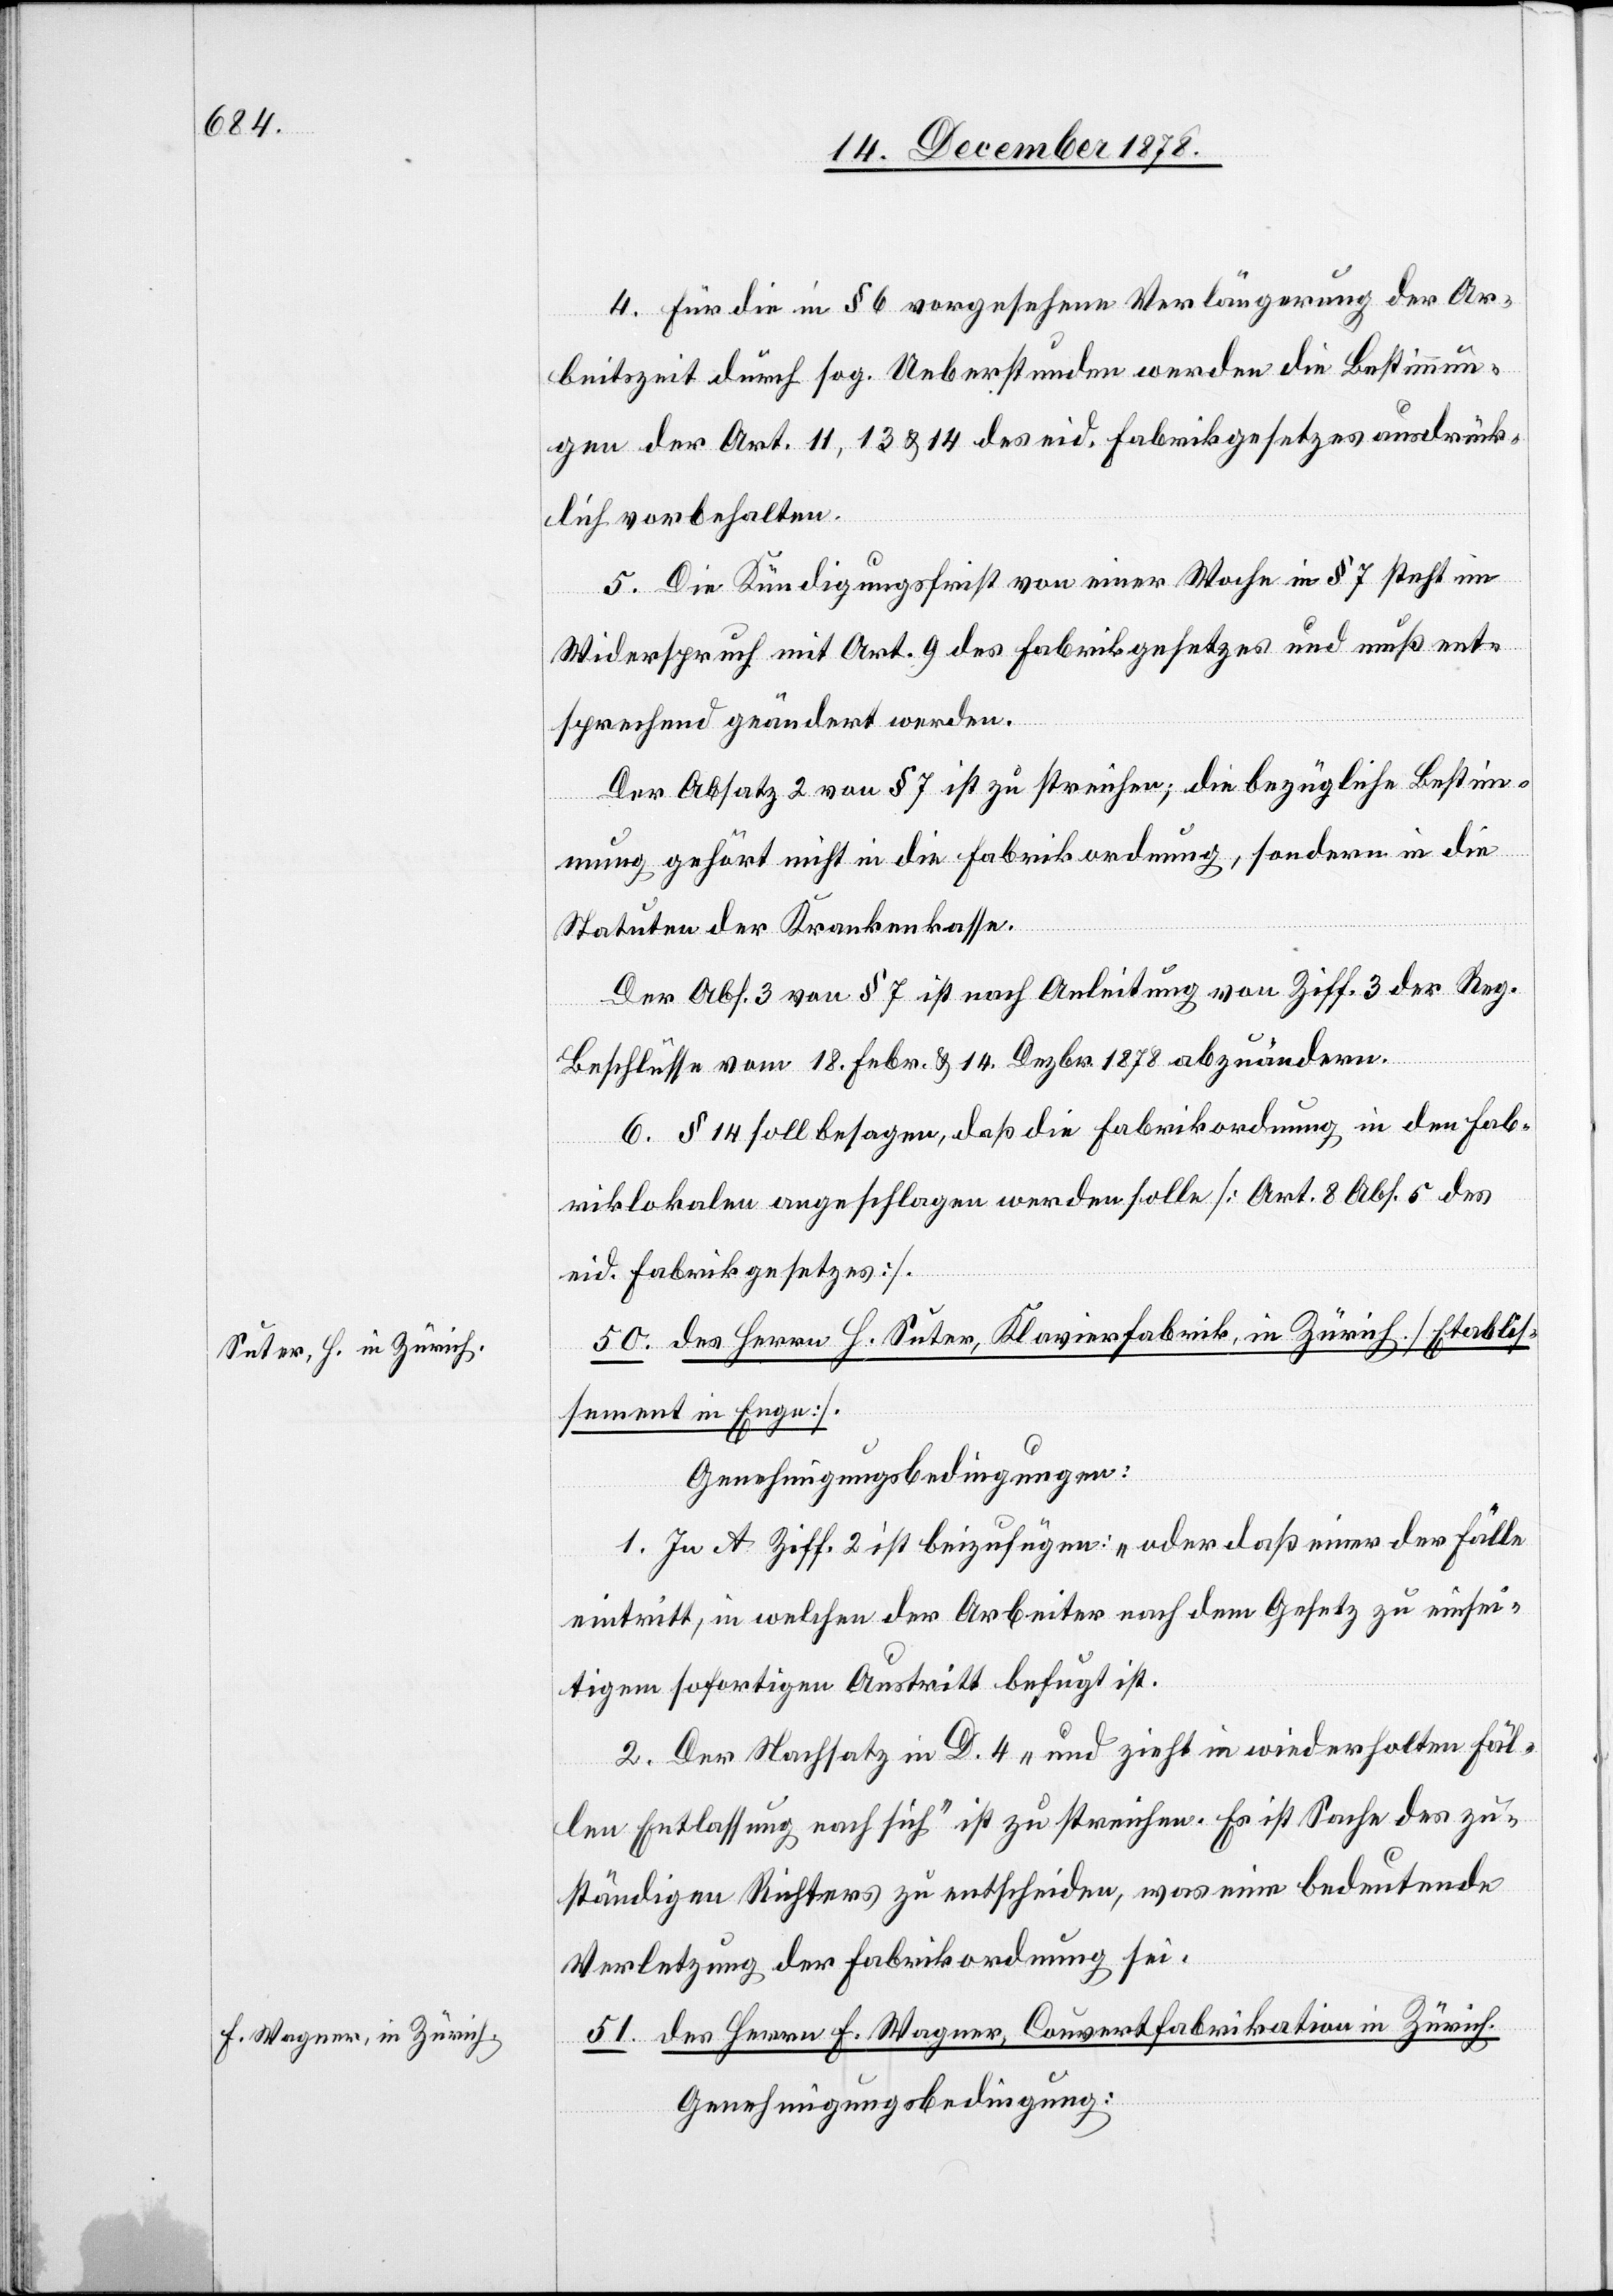
4. Für die in § 6 vorgesehene Verlängerung der Ar¬
beitszeit durch sog. Ueberstunden werden die Bestimmun¬
gen der Art. 11, 13 & 14 des eid. Fabrikgesetzes ausdrück¬
lich vorbehalten.
5. Die Kündigungsfrist von einer Woche im § 7 steht im
Widerspruch mit Art. 9 des Fabrikgesetzes und muß ent¬
sprechend geändert werden.
Der Absatz 2 von § 7 ist zu streichen; die bezügliche Bestim¬
mung gehört nicht in die Fabrikordnung, sondern in die
Statuten der Krankenkasse.
Der Abs. 3 von § 7 ist nach Anleitung von Ziff. 3 der Reg.
Beschlüsse vom 18. Febr. & 14. Dezbr. 1878 abzuändern.
6. § 14 soll besagen, daß die Fabrikordnung in den Fab¬
riklokalen angeschlagen werden solle [Art. 8 Abs. 5 des
eid. Fabrikgesetzes].
50. des Herren H. Suter, Klavierfabrik, in Zürich [Etablis¬
sement in Enge].
Genehmigungsbedingungen:
1. In A Ziff. 2 ist beizufügen: „oder daß einer der Fälle
eintritt, in welchen der Arbeiter nach dem Gesetz zu einsei¬
tigem sofortigen Austritt befugt ist.“
2. Der Nachsatz in D. 4 „und zieht in wiederholten Fäl¬
len Entlassung nach sich“ ist zu streichen. Es ist Sache des zu¬
ständigen Richters zu entscheiden, was eine bedeutende
Verletzung der Fabrikordnung sei.
51. der Herren F. Wagner, Couvertfabrik in Zürich.
Genehmigungsbedingung: